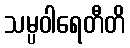
သမ္ပဝါရေတီတိ